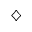
\diamondsuit